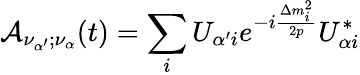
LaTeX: {\cal{A}}_{\nu_{\alpha^{\prime}};\nu_{\alpha}}(t)=\sum_{i}U_{{\alpha^{\prime}}i}e^{-i\frac{\Delta m_{i}^{2}}{2p}}U_{{\alpha}i}^{*}